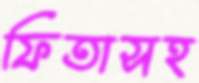
ফিতাসহ